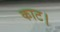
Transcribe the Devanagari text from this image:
काट।